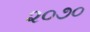
૨૦૭૦